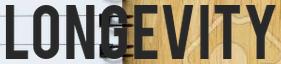
LONGEVITY